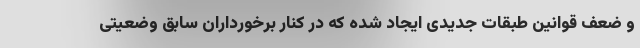
و ضعف قوانین طبقات جدیدی ایجاد شده که در کنار برخورداران سابق وضعیتی